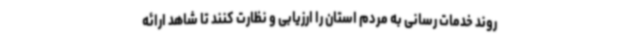
روند خدمات رسانی به مردم استان را ارزیابی و نظارت کنند تا شاهد ارائه